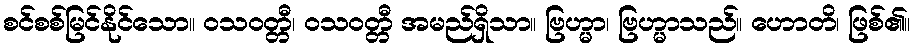
စင်စစ်မြင်နိုင်သော။ ဝသဝတ္တီ၊ ဝသဝတ္တီ အမည်ရှိသာ။ ဗြဟ္မာ၊ ဗြဟ္မာသည်။ ဟောတိ၊ ဖြစ်၏။